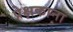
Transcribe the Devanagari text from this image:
प्रेक्षकाना